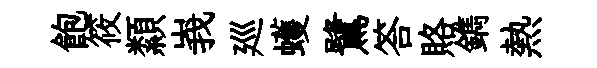
飽筱纇峩廵蠖鷺答賂鐫熱